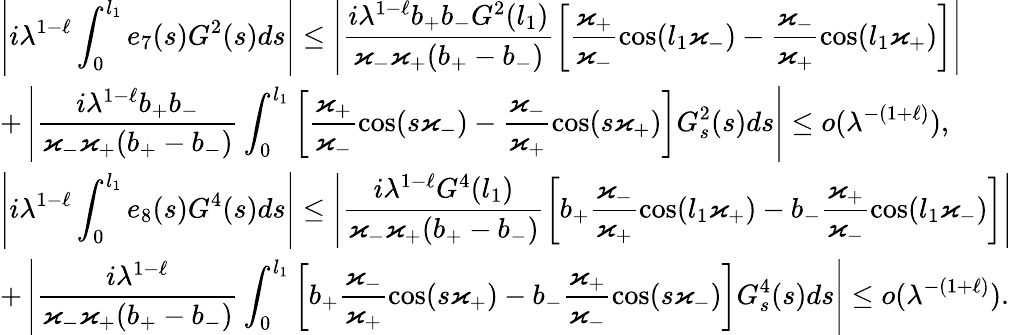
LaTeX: \begin{array}{l}{\displaystyle\left|i{\lambda}^{1-\ell}\int_{0}^{l_{1}}e_{7}(s)G^{2}(s)ds\right|\leq\left|\frac{i{\lambda}^{1-\ell}b_{+}b_{-}G^{2}(l_{1})}{\varkappa_{-}\varkappa_{+}(b_{+}-b_{-})}\left[\frac{\varkappa_{+}}{\varkappa_{-}}\cos(l_{1}\varkappa_{-})-\frac{\varkappa_{-}}{\varkappa_{+}}\cos(l_{1}\varkappa_{+})\right]\right|}\\ {\displaystyle+\left|\frac{i{\lambda}^{1-\ell}b_{+}b_{-}}{\varkappa_{-}\varkappa_{+}(b_{+}-b_{-})}\int_{0}^{l_{1}}\left[\frac{\varkappa_{+}}{\varkappa_{-}}\cos(s\varkappa_{-})-\frac{\varkappa_{-}}{\varkappa_{+}}\cos(s\varkappa_{+})\right]G_{s}^{2}(s)ds\right|\leq o({\lambda}^{-(1+\ell)}),}\\ {\displaystyle\left|i{\lambda}^{1-\ell}\int_{0}^{l_{1}}e_{8}(s)G^{4}(s)ds\right|\leq\left|\frac{i{\lambda}^{1-\ell}G^{4}(l_{1})}{\varkappa_{-}\varkappa_{+}(b_{+}-b_{-})}\left[b_{+}\frac{\varkappa_{-}}{\varkappa_{+}}\cos(l_{1}\varkappa_{+})-b_{-}\frac{\varkappa_{+}}{\varkappa_{-}}\cos(l_{1}\varkappa_{-})\right]\right|}\\ {\displaystyle+\left|\frac{i{\lambda}^{1-\ell}}{\varkappa_{-}\varkappa_{+}(b_{+}-b_{-})}\int_{0}^{l_{1}}\left[b_{+}\frac{\varkappa_{-}}{\varkappa_{+}}\cos(s\varkappa_{+})-b_{-}\frac{\varkappa_{+}}{\varkappa_{-}}\cos(s\varkappa_{-})\right]G_{s}^{4}(s)ds\right|\leq o({\lambda}^{-(1+\ell)}).}\end{array}